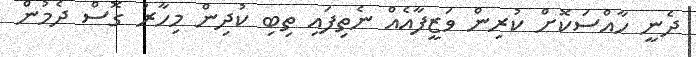
ދެނީ ހާއްސަކޮށް ކުރިން ވަޒީފާއެއް ނެތިފައި ތިބި ކުދިން މިހާރު ގޮސް ދެމުން